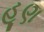
હૂણ